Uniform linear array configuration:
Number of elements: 4
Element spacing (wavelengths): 1
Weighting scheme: cosine
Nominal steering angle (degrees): -30
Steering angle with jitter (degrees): -31.212
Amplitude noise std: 0.05
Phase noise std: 0.05

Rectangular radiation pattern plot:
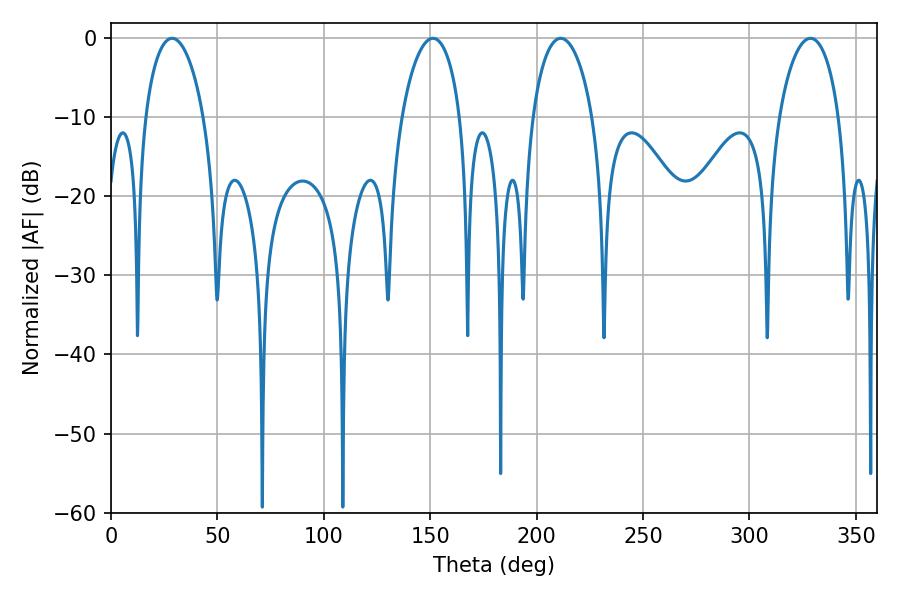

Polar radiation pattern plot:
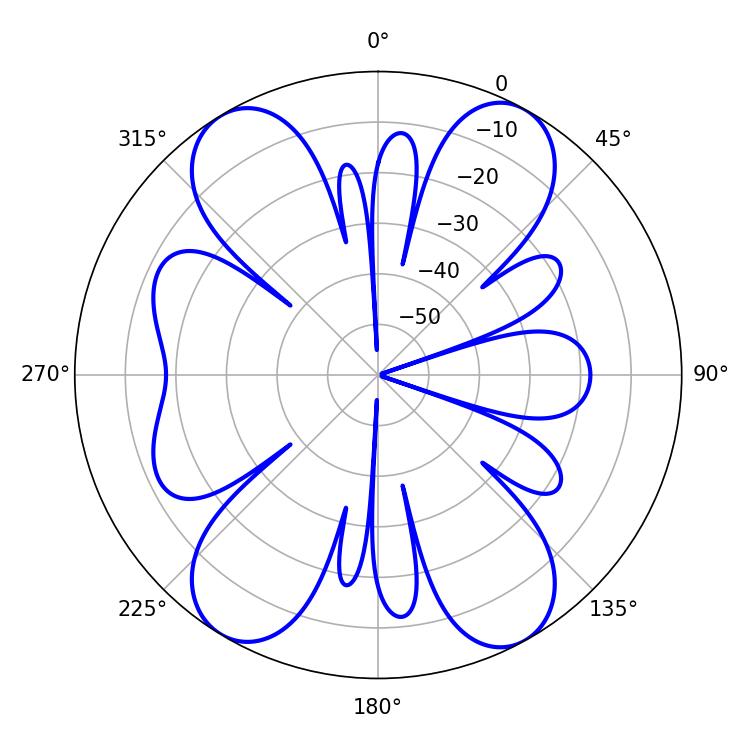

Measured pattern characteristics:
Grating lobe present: TRUE
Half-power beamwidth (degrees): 16.02
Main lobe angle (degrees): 211.32